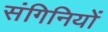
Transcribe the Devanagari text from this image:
संगिनियों